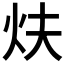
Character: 𤆮